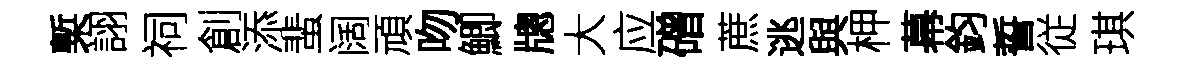
槧詡祠創添蜚阔頑吻鯽牕大应磳蔗逃與柙幕鈞誓従琪